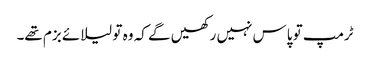
ٹرمپ تو پاس نہیں رکھیں گے کہ وہ تو لیلائے بزم تھے۔